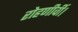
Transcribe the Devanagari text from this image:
रोहणीर्वी।